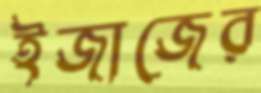
ইজাজের